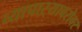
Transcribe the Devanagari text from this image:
व्यापाऱ्याबरोबर